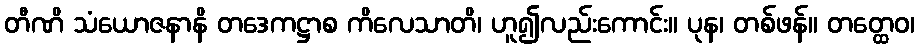
တီဏိ သံယောဇနာနိ တဒေကဋ္ဌာစ ကိလေသာတိ၊ ဟူ၍လည်းကောင်း။ ပုန၊ တစ်ဖန်။ တတ္ထေဝ၊